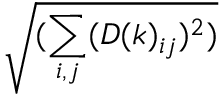
\sqrt { ( \sum _ { i , j } ( D ( k ) _ { i j } ) ^ { 2 } ) }